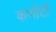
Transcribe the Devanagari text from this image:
कर्णाटों